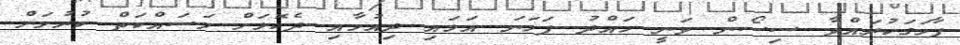
ފާހަގަކުރައްވާ ސިސޯން ވަނީ ހައްދު ފަހަނަ އަޅައި ދިއުމާއި ދެކޮޅަށް މަސައްކަތް ކުރުމަށް